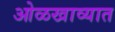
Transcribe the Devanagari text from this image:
ओळखाव्यात